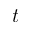
t